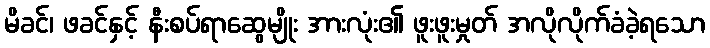
မိခင်၊ ဖခင်နှင့် နီးစပ်ရာဆွေမျိုး အားလုံး၏ ဖူးဖူးမှုတ် အလိုလိုက်ခံခဲ့ရသော